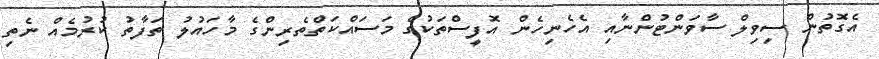
އެގޮތުން ސިވިލް ސާވަންޓުންނާއި އެހެނިހެން އޮފީސްތަކުގެ މަސައްކަތްތެރިންގެ މާހައުލު ތަފާތު ކުރުމެއް ނެތި